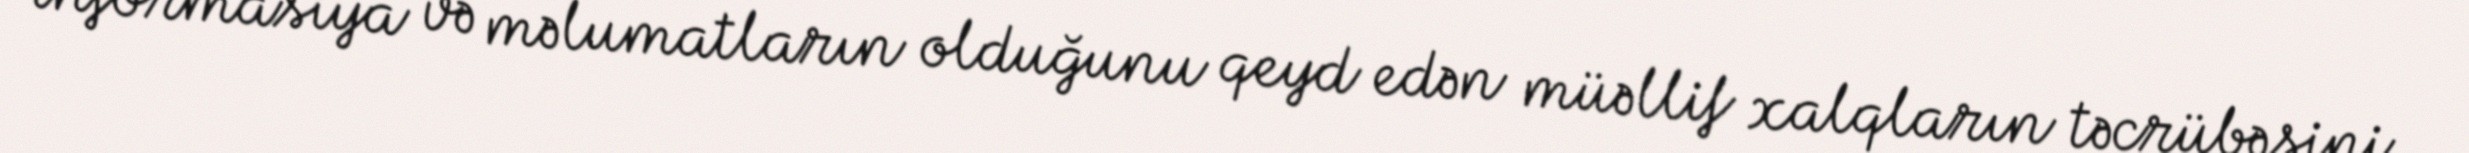
informasiya və məlumatların olduğunu qeyd edən müəllif xalqların təcrübəsini